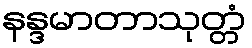
နန္ဒမာတာသုတ္တံ